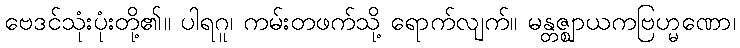
ဗေဒင်သုံးပုံးတို့၏။ ပါရဂူ၊ ကမ်းတဖက်သို့ ရောက်လျက်။ မန္တဇ္ဈာယကဗြဟ္မဏော၊